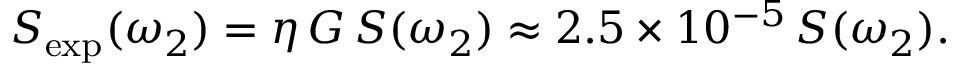
\begin{array} { r } { S _ { \mathrm { e x p } } ( \omega _ { 2 } ) = \eta \, G \, S ( \omega _ { 2 } ) \approx 2 . 5 \times 1 0 ^ { - 5 } \, S ( \omega _ { 2 } ) . } \end{array}